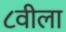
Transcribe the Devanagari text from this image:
८वीला